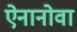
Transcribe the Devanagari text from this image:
ऐनानोवा